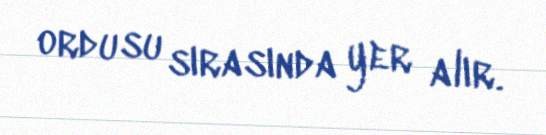
ordusu sırasında yer alır.